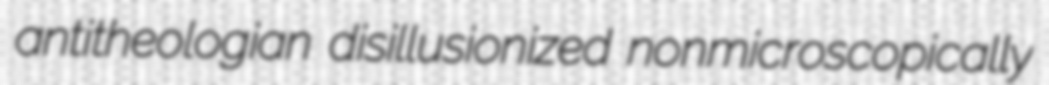
antitheologian disillusionized nonmicroscopically